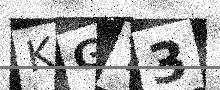
Text: KGY3